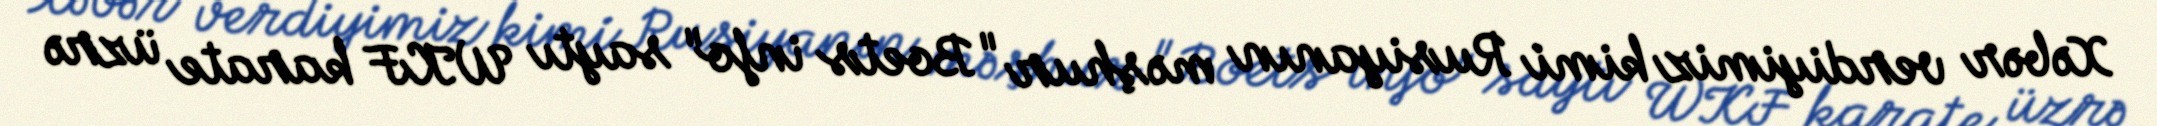
Xəbər verdiyimiz kimi Rusiyanın məşhur "Boets info" saytı WKF karate üzrə